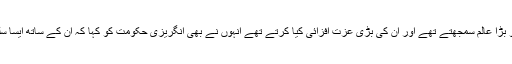
یہاں تک کہ مسلمان جو ان کو بڑا عالم سمجھتے تھے اور ان کی بڑی عزت افزائی کیا کرتے تھے انہوں نے بھی انگریزی حکومت کو کہا کہ ان کے ساتھ ایسا سلوک ہونا چاہئے یا کیا جائے۔